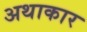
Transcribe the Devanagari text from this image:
अथाकार